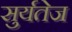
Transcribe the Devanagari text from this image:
सुर्यतेज